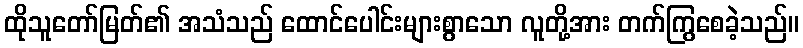
ထိုသူတော်မြတ်၏ အသံသည် ထောင်ပေါင်းများစွာသော လူတို့အား တက်ကြွစေခဲ့သည်။